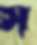
স